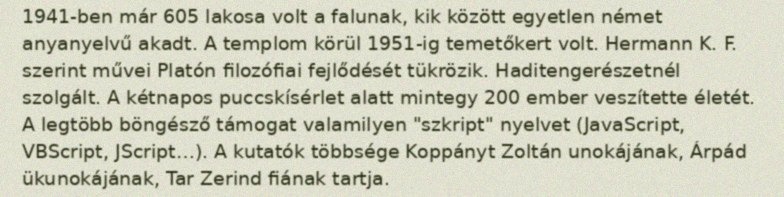
1941-ben már 605 lakosa volt a falunak, kik között egyetlen német anyanyelvű akadt. A templom körül 1951-ig temetőkert volt. Hermann K. F. szerint művei Platón filozófiai fejlődését tükrözik. Haditengerészetnél szolgált. A kétnapos puccskísérlet alatt mintegy 200 ember veszítette életét. A legtöbb böngésző támogat valamilyen "szkript" nyelvet (JavaScript, VBScript, JScript…). A kutatók többsége Koppányt Zoltán unokájának, Árpád ükunokájának, Tar Zerind fiának tartja.